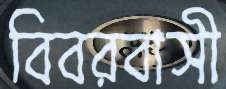
বিবরবাসী